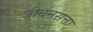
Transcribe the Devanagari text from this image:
जीवनसत्ता